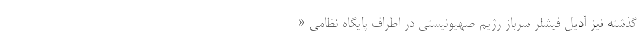
گذشته نیز آدیل فیشلر سرباز رژیم صهیونیستی در اطراف پایگاه نظامی «